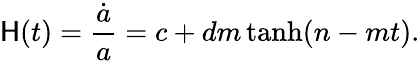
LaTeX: \mathsf{H}(t)=\frac{{\dot{{a}}}}{{a}}=c+dm\operatorname{tanh}(n-mt).